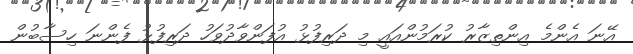
އޭނަ އެންމެ އިންތިޒާރު ކުރަމުންއައީ މި ދަރިފުޅު އުފަންވާދުވަހު ދަރިފުޅު ފެންނަ ހިސާބުން